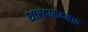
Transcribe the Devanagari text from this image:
शारदासदनात